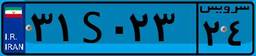
۳۱S۰۲۳۲۴